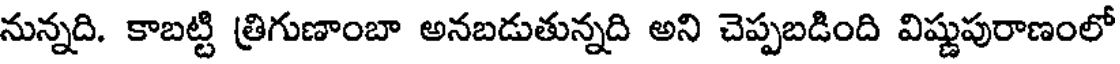
నున్నది. కాబట్టి త్రిగుణాంబా అనబడుతున్నది అని చెప్పబడింది విష్ణుపురాణంలో